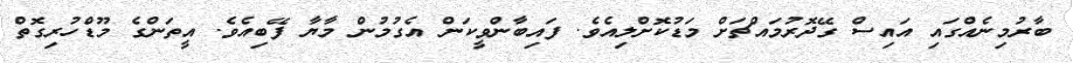
ބާރުމިނެއްގައި އައިސް ގޭދޮރުމައްޗަށް މަޑުކޮށްލިއެވެ. ފައިބާންވީކަން އެގުމުން މާޔާ ފޭބިއެވެ. އީތަންގެ މޫޑްހުރިގޮތް